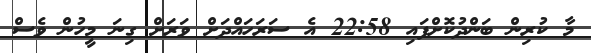
މާ ކުރިން ބަންދުކޮށްފައި 22:58 އެ ސަރަހައްދަށް ވަރަށް ގިނަ މީހުން ވެސް